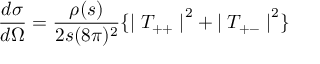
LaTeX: \frac { d \sigma } { d \Omega } = \frac { \rho ( s ) } { 2 s ( 8 \pi ) ^ { 2 } } \{ { \mid T _ { + + } \mid } ^ { 2 } + { \mid T _ { + - } \mid } ^ { 2 } \}